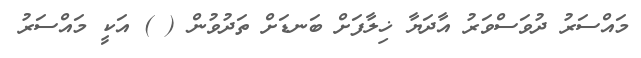
މައްސަރު ދުވަސްވަރު އާދަޔާ ޚިލާފަށް ބަނޑަށް ތަދުވުން ( ) އަކީ މައްސަރު